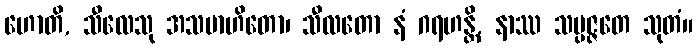
ဟောတိ, သီလေသု အသမာဟိတော၊ သီလတော နံ ဂရဟန္တိ, နာဿ သမ္ပဇ္ဇတေ သုတံ။